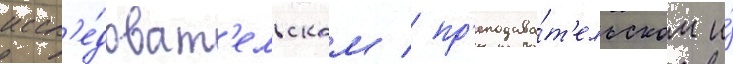
иссл'е́доват'ельском / пр'еподава́т'ельском и́